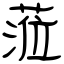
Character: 蒞